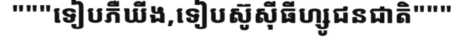
"""ទៀបភឺឃីង,ទៀបស៊ូស៊ីធីហ្សូជនជាតិ"""